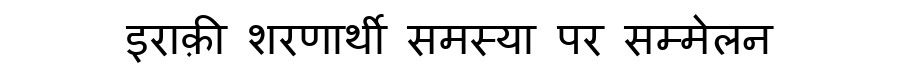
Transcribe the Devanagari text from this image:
इराक़ी शरणार्थी समस्या पर सम्मेलन